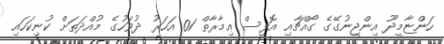
ހަންޏާމީދޫ އިންޖީނުގޭގެ ގޯއްޗާއި އޮފީސް ޢިމާރާތް 01 އަހަރު ދުވަހުގެ މުއްދަތަށް ކުނިކަހައި